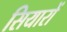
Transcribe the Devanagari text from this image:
सियारों